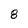
Character: 8